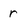
Character: r